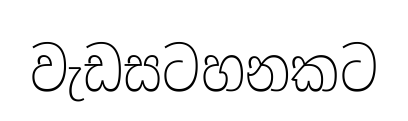
වැඩසටහනකට